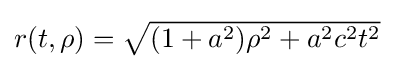
\textstyle r(t,\rho )={\sqrt {(1+a^{2})\rho ^{2}+a^{2}c^{2}t^{2}}}